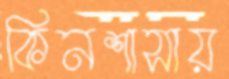
কিনশাসায়